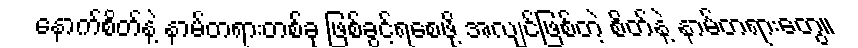
နောက်စိတ်နဲ့ နာမ်တရားတစ်ခု ဖြစ်ခွင့်ရစေဖို့ အလျင်ဖြစ်တဲ့ စိတ်နဲ့ နာမ်တရားတွေ။